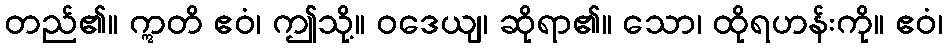
တည်၏။ ဣတိ ဧဝံ၊ ဤသို့။ ဝဒေယျ၊ ဆိုရာ၏။ သော၊ ထိုရဟန်းကို။ ဧဝံ၊